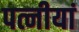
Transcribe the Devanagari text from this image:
पत्नीयां